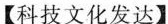
【科技文化发达】